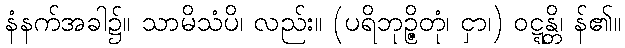
နံနက်အခါ၌။ သာမိသံပိ၊ လည်း။ (ပရိဘုဉ္ဇိတုံ၊ ငှာ၊) ဝဋ္ဋန္တိ၊ န်၏။